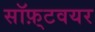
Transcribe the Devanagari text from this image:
सॉफ़्टवयर